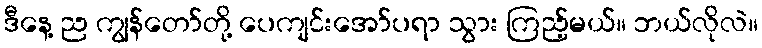
ဒီနေ့ ည ကျွန်တော်တို့ ပေကျင်းအော်ပရာ သွား ကြည့်မယ်။ ဘယ်လိုလဲ။